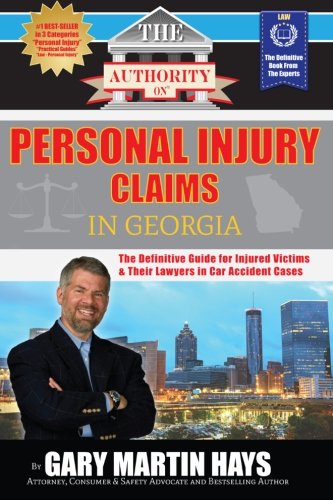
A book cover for The Authority On Personal Injury Claims: The Definitive Guide for Injured Victims  & Their Lawyers in Car Accident Cases (The Authority On - Law) (Volume 1); Gary Martin Hays; Law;